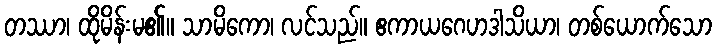
တဿာ၊ ထိုမိန်းမ၏။ သာမိကော၊ လင်သည်။ ဧကာယဂေဟဒါသိယာ၊ တစ်ယောက်သော